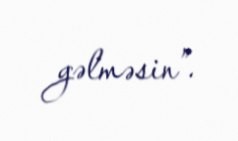
gəlməsin”.